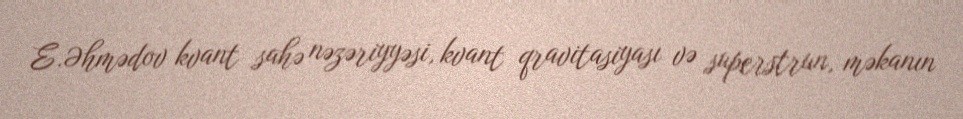
E.Əhmədov kvant sahə nəzəriyyəsi, kvant qravitasiyası və superstrun, məkanın